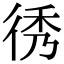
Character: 𢓵